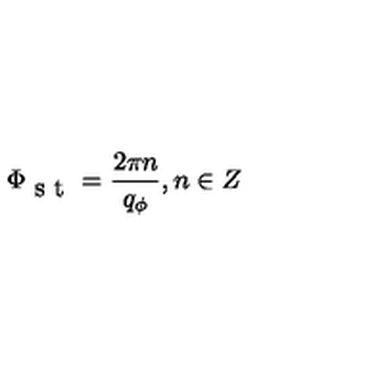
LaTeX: \Phi _ { \textrm { s t } } = \frac { 2 \pi n } { q _ { \phi } } , n \in Z